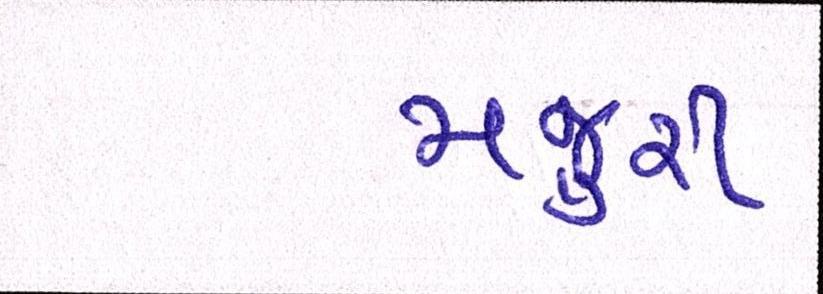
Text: મજુરી